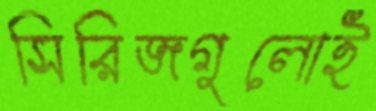
সিরিজগুলোই